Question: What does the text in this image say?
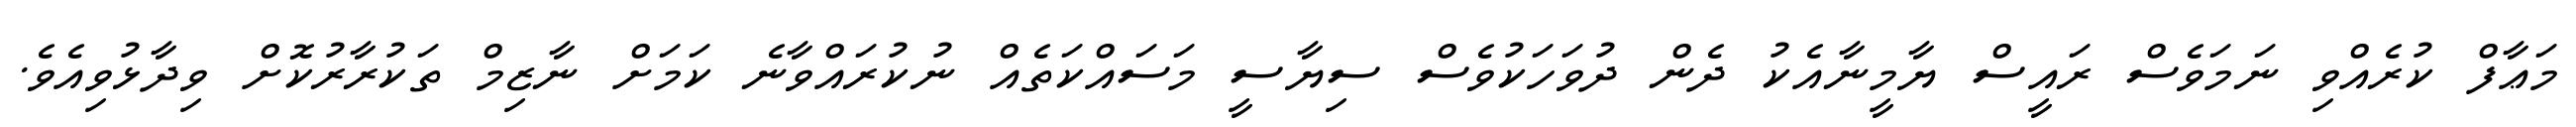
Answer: މަޢާފް ކުރެއްވި ނަމަވެސް ރައީސް ޔާމީނާއެކު ދެން ދުވަހަކުވެސް ސިޔާސީ މަސައްކަތެއް ނުކުރައްވާނެ ކަމަށް ނާޒިމް ތަކުރާރުކޮށް ވިދާޅުވިއެވެ.